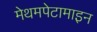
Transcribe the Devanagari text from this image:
मेथमपेटामाइन